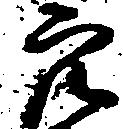
穴